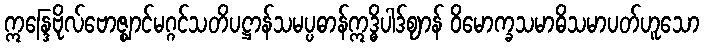
ဣန္ဒြေဗိုလ်ဗောဇ္ဈာင်မဂ္ဂင်သတိပဋ္ဌာန်သမပ္ပဓာန်ဣဒ္ဓိပါဒ်ဈာန် ဝိမောက္ခသမာဓိသမာပတ်ဟူသော